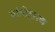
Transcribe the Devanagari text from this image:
वांतीहारक